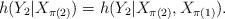
LaTeX: \begin{align*} h(Y_2|X_{\pi(2)}) = h(Y_2|X_{\pi(2)},X_{\pi(1)}).\end{align*}